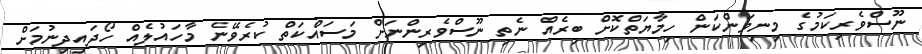
ނޫސްވެރިކަމުގެ މިނިވަންކަން ހިމާޔަތްކޮށް ބިރެއް ނެތި ނޫސްވެރިންނަށް މަސައްކަތް ކުރެވޭނެ މާހައުލެއް ހޯދައިދިނުމަށް